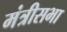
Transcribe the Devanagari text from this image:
मंत्रीसभा